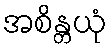
အစိန္တယုံ